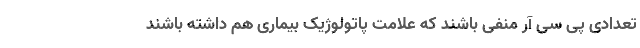
تعدادی پی سی آر منفی باشند که علامت پاتولوژیک بیماری هم داشته باشند